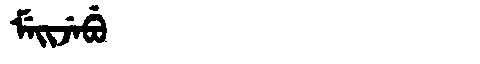
Manchu: ᠮᡝᡳᠵᡝᠪᡠ
Romanization: MEIJEBU